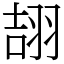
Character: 翓